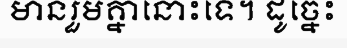
មានរួមគ្នានោះទេ។ ដូច្នេះ